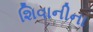
શિવાનીના